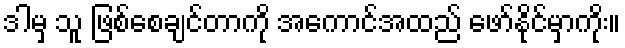
ဒါမှ သူ ဖြစ်စေချင်တာကို အကောင်အထည် ဖော်နိုင်မှာကိုး။